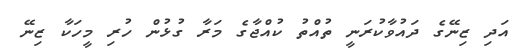
އަދި ޒިނޭގެ ދައުވާކުރަނީ ތުއްތު ކުއްޖާގެ މަރާ ގުޅުން ހުރި މީހަކާ ޒިނޭ